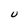
Character: U